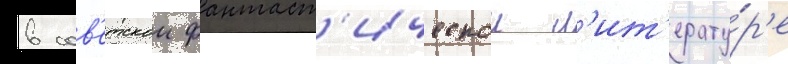
в сов'етскои фантаст'ическои л'ит'ерату́р'е